Civil Veterinary Dept. Assam report 1927-50 - 1927-1950
Year: 1927
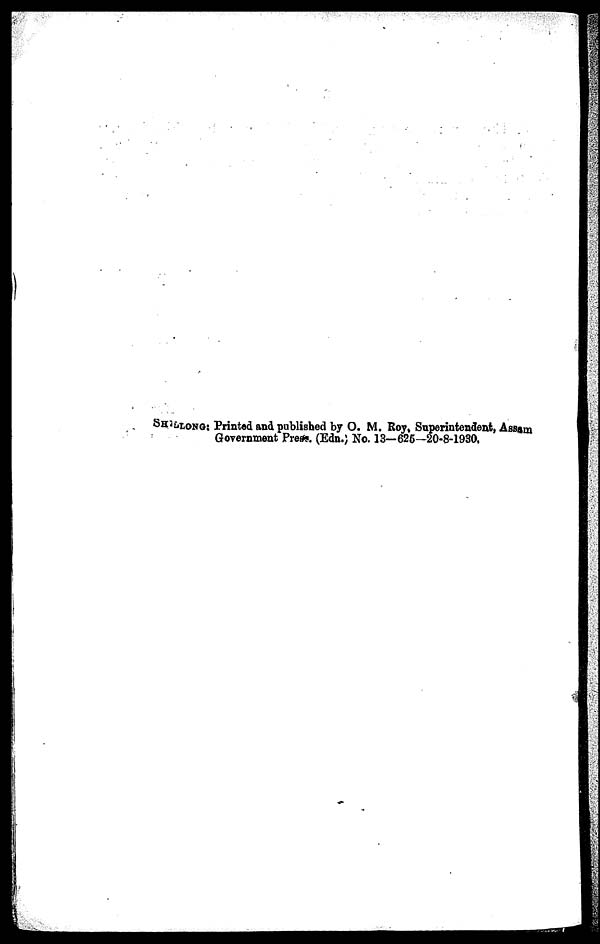
SHILLONG: Printed and published by O. M. Roy, Superintendent, Assam
Government Press. (Edn.) No. 13—625—20-8-1930.